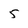
Character: 5